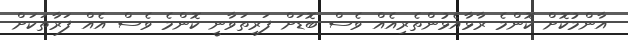
އާންމުކޮށް ކޮންމެ ރާޅާއެޅުންތެރިއެއް ވެސް ބޮޑަށް ފަރިތަވާނީ ކޮންމެ ވެސް އެއް ފަރާތަކަށް